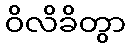
ဝိလိခိတွာ